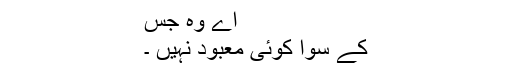
اے وہ جس
کے سوا کوئی معبود نہیں ۔